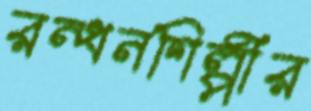
রন্ধনশিল্পীর